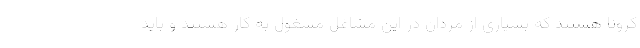
کرونا هستند که بسیاری از مردان در این مشاغل مشغول به کار هستند و باید